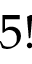
5 !